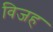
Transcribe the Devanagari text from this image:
विजह